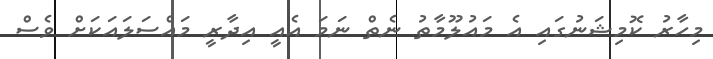
މިހާރު ކޮމިޝަނުގައި އެ މައުލޫމާތު ނެތް ނަމަ އެއީ އިދާރީ މައްސަލައަކަށް ވެސް